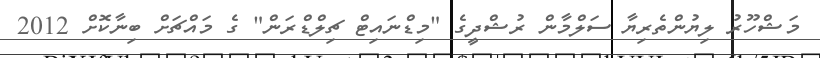
މަޝްހޫރު ލިޔުންތެރިޔާ ސަލްމާން ރުޝްދީގެ "މިޑްނައިޓް ޗިލްޑްރަން" ގެ މައްޗަށް ބިނާކޮށް 2012